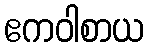
ဧကဝါစာယ